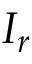
I _ { r }